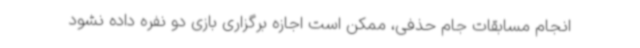
انجام مسابقات جام حذفی، ممکن است اجازه برگزاری بازی دو نفره داده نشود